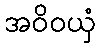
အဝိဝယှံ